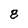
Character: 8